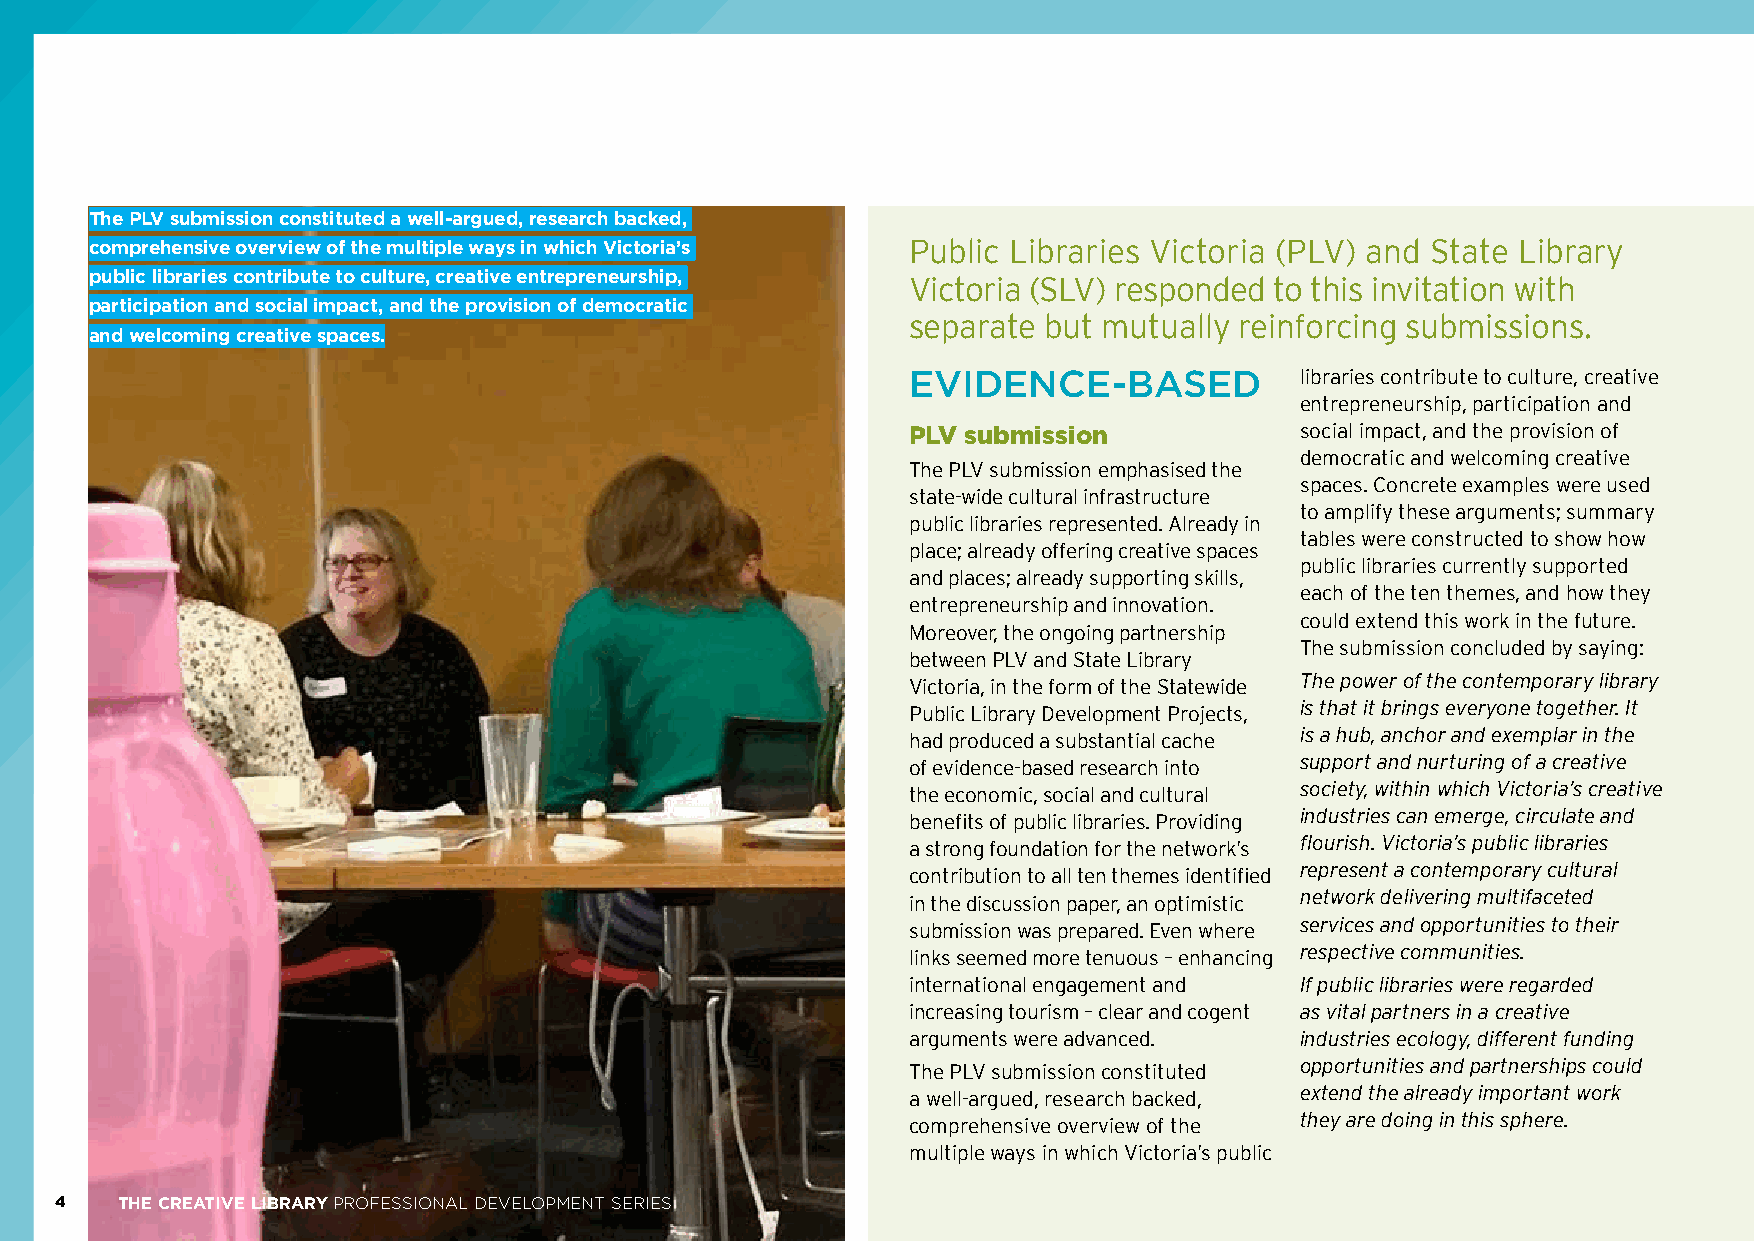
The PLV submission constituted a well-argued, research backed,
 comprehensive overview of the multiple ways in which Victoria’s Public Libraries Victoria (PLV) and State Library
 public libraries contribute to culture, creative entrepreneurship, Victoria (SLV) responded to this invitation with
 participation and social impact, and the provision of democratic
 separate but mutually reinforcing submissions.
 and welcoming creative spaces.
 EVIDENCE-BASED            libraries contribute to culture, creative
 entrepreneurship, participation and
 PLV submission            social impact, and the provision of
 democratic and welcoming creative
 The PLV submission emphasised the
 spaces. Concrete examples were used
 state-wide cultural infrastructure
 to amplify these arguments; summary
 public libraries represented. Already in
 tables were constructed to show how
 place; already offering creative spaces
 public libraries currently supported
 and places; already supporting skills,
 each of the ten themes, and how they
 entrepreneurship and innovation.
 could extend this work in the future.
 Moreover, the ongoing partnership
 The submission concluded by saying:
 between PLV and State Library
 Victoria, in the form of the Statewide The power of the contemporary library
 Public Library Development Projects, is that it brings everyone together. It
 had produced a substantial cache is a hub, anchor and exemplar in the
 of evidence-based research into support and nurturing of a creative
 the economic, social and cultural society, within which Victoria’s creative
 benefits of public libraries. Providing industries can emerge, circulate and
 a strong foundation for the network’s flourish. Victoria’s public libraries
 contribution to all ten themes identified represent a contemporary cultural
 in the discussion paper, an optimistic network delivering multifaceted
 submission was prepared. Even where services and opportunities to their
 links seemed more tenuous – enhancing respective communities.
 international engagement and If public libraries were regarded
 increasing tourism – clear and cogent as vital partners in a creative
 arguments were advanced.  industries ecology, different funding
 The PLV submission constituted opportunities and partnerships could
 a well-argued, research backed, extend the already important work
 comprehensive overview of the they are doing in this sphere.
 multiple ways in which Victoria’s public
 4   THE CREATIVE LIBRARY PROFESSIONAL DEVELOPMENT SERIES